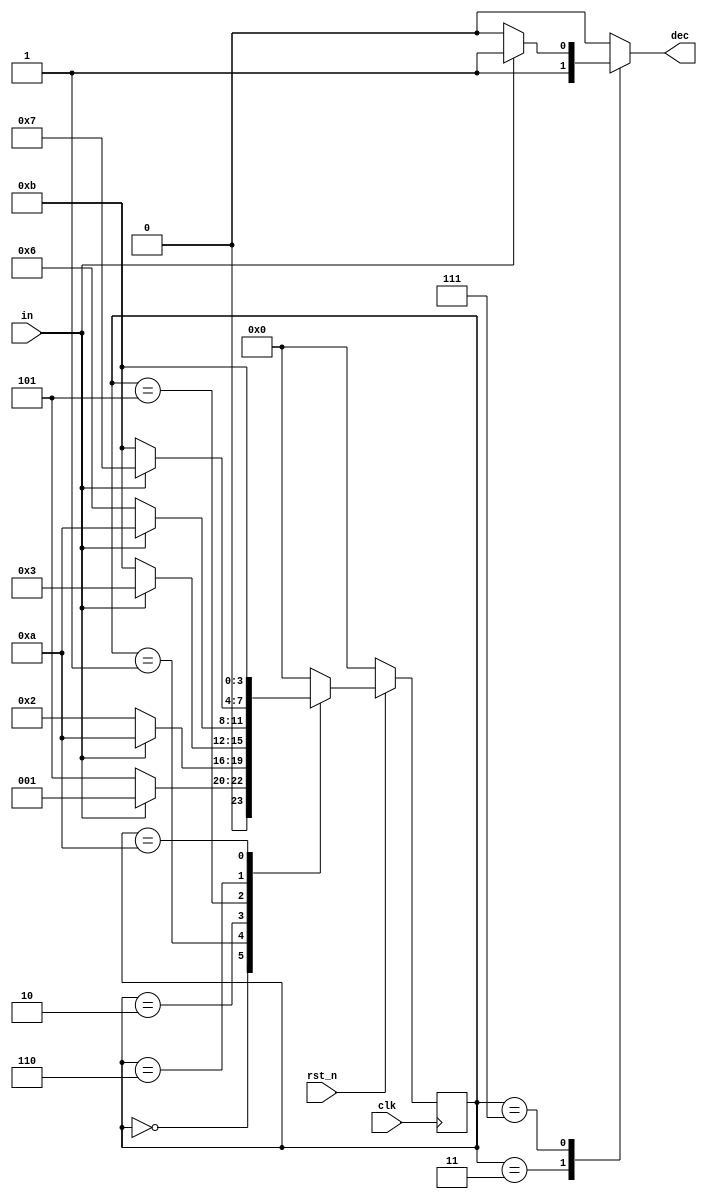
`timescale 1ns/1ps

module Mealy_Sequence_Detector (clk, rst_n, in, dec);

parameter S0 = 4'h0;  // Initial state
parameter S1 = 4'h1;
parameter S2 = 4'h2;
parameter S3 = 4'h3;
parameter S5 = 4'h5;
parameter S6 = 4'h6;
parameter S7 = 4'h7;
parameter F0 = 4'ha;  // Failed state
parameter F1 = 4'hb;

input clk, rst_n;
input in;
output reg dec;

reg [4-1:0] state;
reg [4-1:0] next_state;


// SC: state transition
always @(posedge clk) begin
  if (rst_n == 1'b0) begin
    state <= S0;
  end
  else begin
    state <= next_state;
  end
end


// CC: next state & dec (output)
always @(*) begin
  case (state)
    S0: begin
      next_state = (in) ? S1 : S5;
      dec = (in) ? 1'b0 : 1'b0;
    end
    S1: begin
      next_state = (in) ? F0 : S2;
      dec = (in) ? 1'b0 : 1'b0;
    end
    S2: begin
      next_state = (in) ? S3 : F1;
      dec = (in) ? 1'b0 : 1'b0;
    end
    S3: begin
      next_state = (in) ? S0 : S0;
      dec = (in) ? 1'b1 : 1'b1;
    end
    S5: begin
      next_state = (in) ? F0 : S6;
      dec = (in) ? 1'b0 : 1'b0;
    end
    S6: begin
      next_state = (in) ? S7 : F1;
      dec = (in) ? 1'b0 : 1'b0;
    end
    S7: begin
      next_state = (in) ? S0 : S0;
      dec = (in) ? 1'b1 : 1'b0;
    end
    F0: begin
      next_state = (in) ? F1 : F1;
      dec = (in) ? 1'b0 : 1'b0;
    end
    F1: begin
      next_state = (in) ? S0 : S0;
      dec = (in) ? 1'b0 : 1'b0;
    end
    default: begin
      next_state = (in) ? S0 : S0;
      dec = (in) ? 1'b0 : 1'b0;
    end
  endcase
end

endmodule